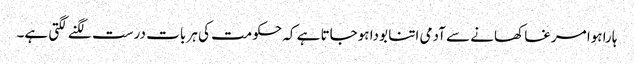
ہارا ہوا مرغا کھانے سے آدمی اتنا بودا ہوجاتا ہے کہ حکومت کی ہر بات درست لگنے لگتی ہے۔